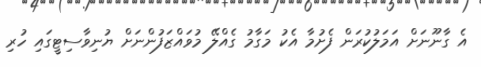
އެ ގާނޫނަށް އަމަލުކުރަން ފެށުމާ އެކު މަގާމު ގެއްލޭ މުވައްޒަފުންނަށް ޔުނިވާސިޓީގައި ހުރި